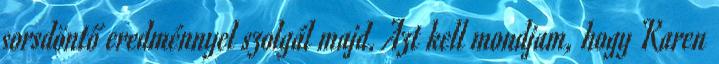
sorsdöntő eredménnyel szolgál majd. Azt kell mondjam, hogy Karen